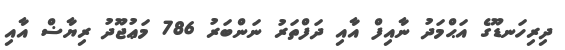
ދިރިހަނޑޫގެ އަޙްމަދު ނާއިފް އާއި ދަފްތަރު ނަންބަރު 786 މަޢުޖޫދު ރިޔާޟް އާއި